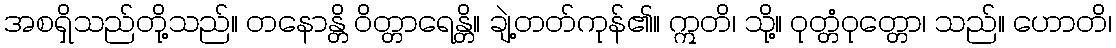
အစရှိသည်တို့သည်။ တနောန္တိ ဝိတ္တာရေန္တိ။ ချဲ့တတ်ကုန်၏။ ဣတိ၊ သို့။ ဝုတ္တံဝုတ္တော၊ သည်။ ဟောတိ၊